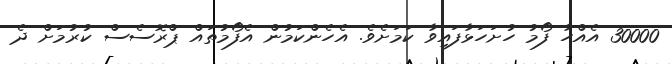
30000 އެއްހާ ފޯމު ހުށަހަޅާފައިވާ ކަމަށެވެ. އެހެންކަމުން އެފޯމުތައް ޕްރޮސެސް ކުރުމަށް ދެ